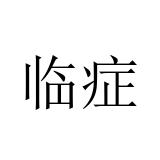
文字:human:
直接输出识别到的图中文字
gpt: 临症